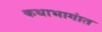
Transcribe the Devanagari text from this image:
कथाभागांत